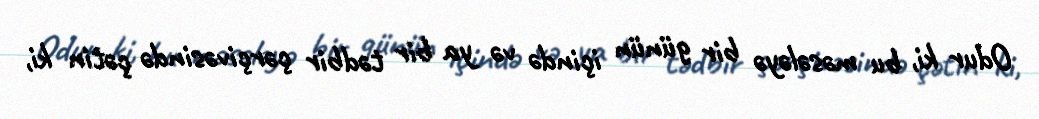
Odur ki, bu məsələyə bir günün içində və ya bir tədbir çərçivəsində çətin ki,